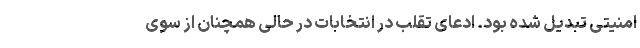
امنیتی تبدیل شده بود. ادعای تقلب در انتخابات در حالی همچنان از سوی